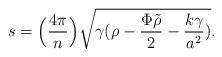
LaTeX: \begin{align*}s = \Big({4 \pi\over n}\Big) \sqrt {\gamma (\rho - {\Phi \tilde \rho\over2} - {k\gamma\over {a^2}})}.\end{align*}